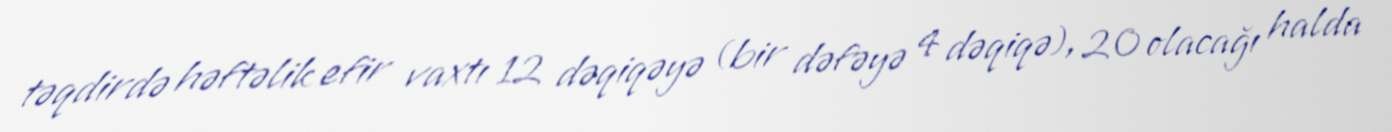
təqdirdə həftəlik efir vaxtı 12 dəqiqəyə (bir dəfəyə 4 dəqiqə), 20 olacağı halda